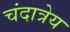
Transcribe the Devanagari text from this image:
चंदात्रेय